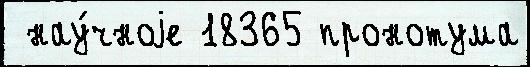
 нау́чноjе 18365 пронотума